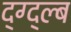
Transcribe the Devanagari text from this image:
द्ग्द्ल्ब